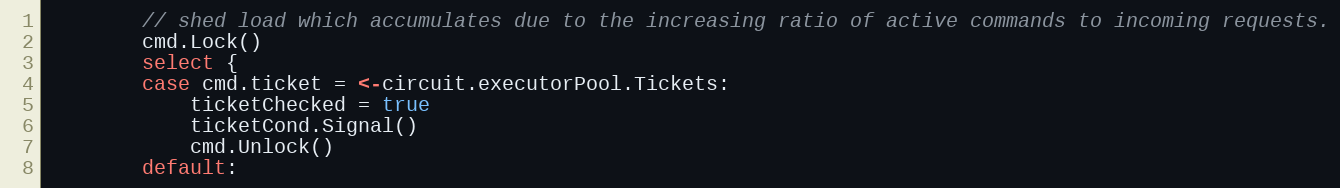
Language: Go
		// shed load which accumulates due to the increasing ratio of active commands to incoming requests.
		cmd.Lock()
		select {
		case cmd.ticket = <-circuit.executorPool.Tickets:
			ticketChecked = true
			ticketCond.Signal()
			cmd.Unlock()
		default: